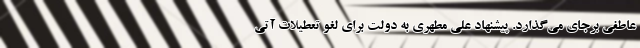
عاطفی برجای می‌گذارد. پیشنهاد علی مطهری به دولت برای لغو تعطیلات آتی